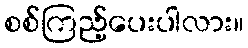
စစ်ကြည့်ပေးပါလား။